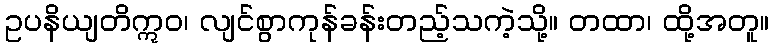
ဥပနိယျတိဣဝ၊ လျင်စွာကုန်ခန်းတည့်သကဲ့သို့။ တထာ၊ ထို့အတူ။